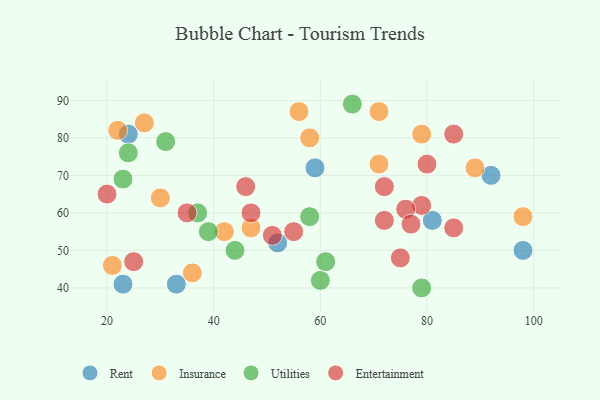
{"axis": {"x": "GDP", "y": "Life Expectancy"}, "legend": ["Entertainment", "Insurance", "Rent", "Utilities"], "data": [{"x": "24", "y": 81, "type": "Rent"}, {"x": "23", "y": 41, "type": "Rent"}, {"x": "92", "y": 70, "type": "Rent"}, {"x": "59", "y": 72, "type": "Rent"}, {"x": "81", "y": 58, "type": "Rent"}, {"x": "98", "y": 50, "type": "Rent"}, {"x": "33", "y": 41, "type": "Rent"}, {"x": "52", "y": 52, "type": "Rent"}, {"x": "27", "y": 84, "type": "Insurance"}, {"x": "71", "y": 87, "type": "Insurance"}, {"x": "42", "y": 55, "type": "Insurance"}, {"x": "79", "y": 81, "type": "Insurance"}, {"x": "47", "y": 56, "type": "Insurance"}, {"x": "56", "y": 87, "type": "Insurance"}, {"x": "89", "y": 72, "type": "Insurance"}, {"x": "58", "y": 80, "type": "Insurance"}, {"x": "21", "y": 46, "type": "Insurance"}, {"x": "30", "y": 64, "type": "Insurance"}, {"x": "98", "y": 59, "type": "Insurance"}, {"x": "71", "y": 73, "type": "Insurance"}, {"x": "36", "y": 44, "type": "Insurance"}, {"x": "22", "y": 82, "type": "Insurance"}, {"x": "44", "y": 50, "type": "Utilities"}, {"x": "24", "y": 76, "type": "Utilities"}, {"x": "60", "y": 42, "type": "Utilities"}, {"x": "58", "y": 59, "type": "Utilities"}, {"x": "61", "y": 47, "type": "Utilities"}, {"x": "31", "y": 79, "type": "Utilities"}, {"x": "23", "y": 69, "type": "Utilities"}, {"x": "66", "y": 89, "type": "Utilities"}, {"x": "79", "y": 40, "type": "Utilities"}, {"x": "37", "y": 60, "type": "Utilities"}, {"x": "39", "y": 55, "type": "Utilities"}, {"x": "75", "y": 48, "type": "Entertainment"}, {"x": "25", "y": 47, "type": "Entertainment"}, {"x": "79", "y": 62, "type": "Entertainment"}, {"x": "47", "y": 60, "type": "Entertainment"}, {"x": "20", "y": 65, "type": "Entertainment"}, {"x": "55", "y": 55, "type": "Entertainment"}, {"x": "46", "y": 67, "type": "Entertainment"}, {"x": "72", "y": 67, "type": "Entertainment"}, {"x": "35", "y": 60, "type": "Entertainment"}, {"x": "76", "y": 61, "type": "Entertainment"}, {"x": "51", "y": 54, "type": "Entertainment"}, {"x": "77", "y": 57, "type": "Entertainment"}, {"x": "80", "y": 73, "type": "Entertainment"}, {"x": "72", "y": 58, "type": "Entertainment"}, {"x": "85", "y": 81, "type": "Entertainment"}, {"x": "85", "y": 56, "type": "Entertainment"}]}